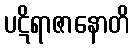
ပဋိရာဇာနောတိ